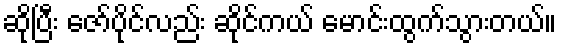
ဆိုပြီး ဇော်ပိုင်လည်း ဆိုင်ကယ် မောင်းထွက်သွားတယ်။